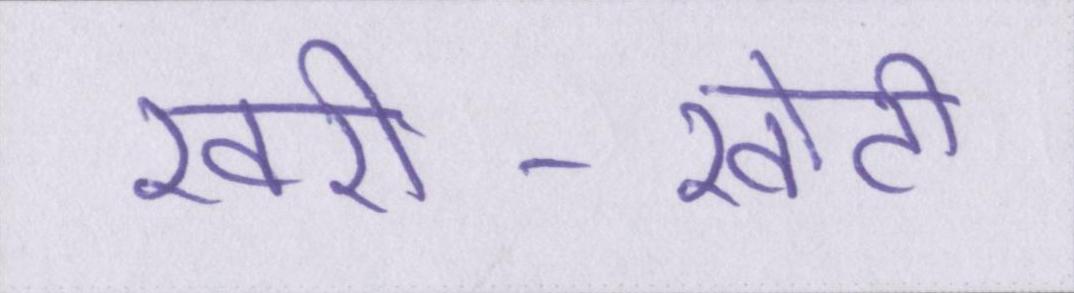
खरी-खोटी